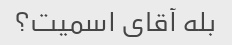
بله آقای اسمیت؟